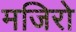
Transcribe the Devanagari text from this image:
मजिरो